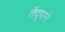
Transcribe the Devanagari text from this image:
तेंदूपाने